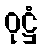
ဝုဋ္ဌံ